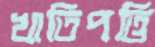
খাতিপত্তি